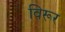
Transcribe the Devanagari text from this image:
विरूर